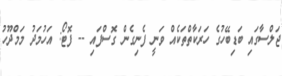
ޖަލްސާގައި ބަޑިބޭހުގެ ހަރަކާތްތަކެއް ވަނީ ފެނިގެން ގޮސްފައި -- ފޮޓޯ: އަހުމަދު މަމްދޫހު